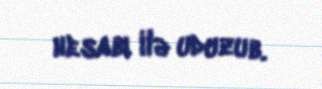
hesabı ilə uduzub.